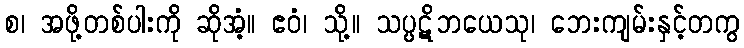
စ၊ အဖို့တစ်ပါးကို ဆိုအံ့။ ဧဝံ၊ သို့။ သပ္ပဋိဘယေသု၊ ဘေးကျမ်းနှင့်တကွ